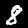
Label: 8